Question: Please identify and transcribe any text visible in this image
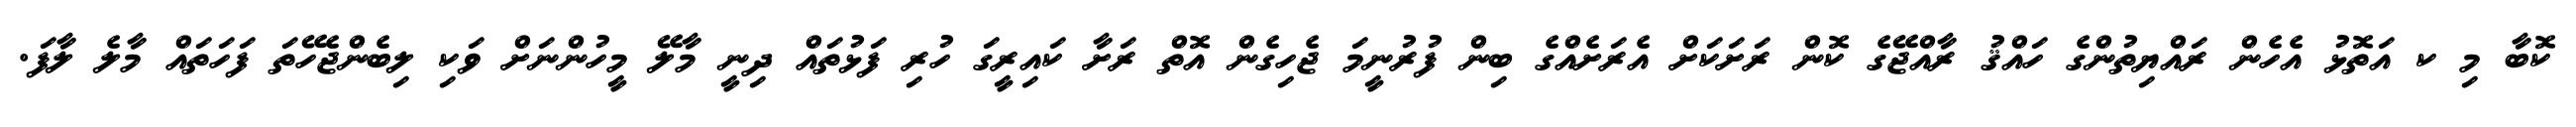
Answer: ކޮބާ މި ކ އަތޮޅު އެހެން ރައްޔިތުންގެ ހައްޤު ރާއްޖޭގެ ކޮން ރަށަކަށް އެރަށެއްގެ ބިން ފުރުނީމަ ޖެހިގެން އޮތް ރަށާ ކައިރީގަ ހުރި ފަޅުތައް ދިނީ މާލޭ މީހުންނަށް ވަކި ލިބެންޖެހޭތަ ފަހަތައް މާލެ ލާފަ.